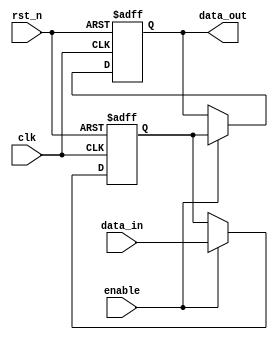
module disable_block (
    input wire clk,            // Clock signal
    input wire rst_n,         // Active low reset
    input wire enable,        // Control signal to enable/disable the block
    input wire [7:0] data_in, // Example input data
    output reg [7:0] data_out // Output data
);

// Internal state variable
reg [7:0] internal_state;

// Always block that executes on clock edge
always @(posedge clk or negedge rst_n) begin
    if (!rst_n) begin
        // Reset internal state and output
        internal_state <= 8'b0;
        data_out <= 8'b0;
    end else if (enable) begin
        // Normal operation when enabled
        internal_state <= data_in; // Example operation: pass input to internal state
        data_out <= internal_state; // Update output
    end else begin
        // Disabled state: retain previous output
        data_out <= data_out; // No change to output
    end
end

endmodule